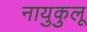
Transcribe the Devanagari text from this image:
नायुकुलू